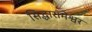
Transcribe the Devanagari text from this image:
सिद्धारामेश्वर